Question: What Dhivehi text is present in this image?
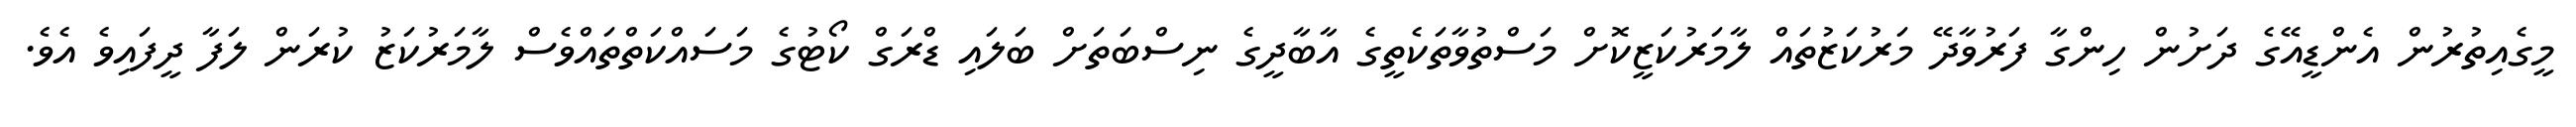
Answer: މީގެއިތުރުން އެންޑީއޭގެ ދަށުން ހިންގާ ފަރުވާދޭ މަރުކަޒުތައް ލާމަރުކަޒީކޮށް މަސްތުވާތަކެތީގެ އާބާދީގެ ނިސްބަތަށް ބަލައި ޑްރަގް ކޯޓުގެ މަސައްކަތްތައްވެސް ލާމަރުކަޒު ކުރަން ލަފާ ދީފައިވެ އެވެ.